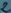
Text: 2